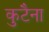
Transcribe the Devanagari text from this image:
कुटैना